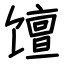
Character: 𫗴